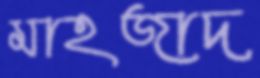
মাহজাদ